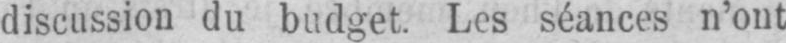
discussion du budget. Les séances n’ont